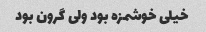
خیلی خوشمزه بود ولی گرون بود